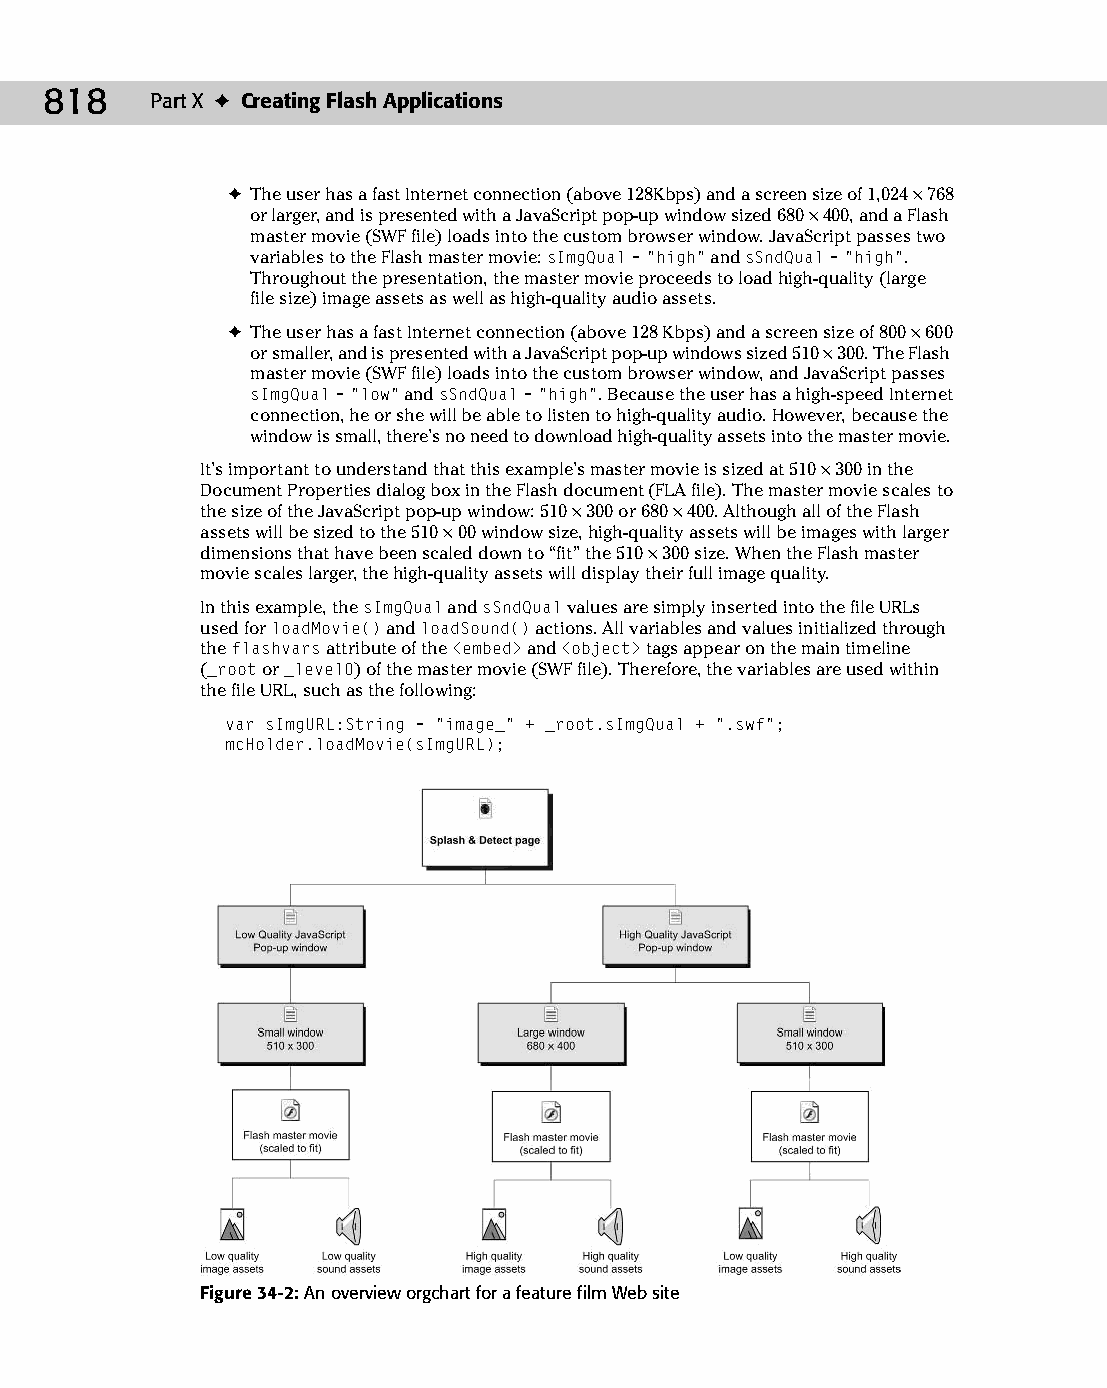
45 543547 ch34.qxd 3/24/04 4:15 PM Page 818
 818    Part X ✦ Creating Flash Applications
 ✦ The user has a fast Internet connection (above 128Kbps) and a screen size of 1,024 × 768
 or larger, and is presented with a JavaScript pop-up window sized 680 × 400, and a Flash
 master movie (SWF file) loads into the custom browser window. JavaScript passes two
 variables to the Flash master movie: sImgQual=“high” and sSndQual=“high”.
 Throughout the presentation, the master movie proceeds to load high-quality (large
 file size) image assets as well as high-quality audio assets.
 ✦ The user has a fast Internet connection (above 128 Kbps) and a screen size of 800 × 600
 or smaller, and is presented with a JavaScript pop-up windows sized 510 × 300. The Flash
 master movie (SWF file) loads into the custom browser window, and JavaScript passes
 sImgQual=“low” and sSndQual=“high”. Because the user has a high-speed Internet
 connection, he or she will be able to listen to high-quality audio. However, because the
 window is small, there’s no need to download high-quality assets into the master movie.
 It’s important to understand that this example’s master movie is sized at 510 × 300 in the
 Document Properties dialog box in the Flash document (FLA file). The master movie scales to
 the size of the JavaScript pop-up window: 510 × 300 or 680 × 400. Although all of the Flash
 assets will be sized to the 510 × 00 window size, high-quality assets will be images with larger
 dimensions that have been scaled down to “fit” the 510 × 300 size. When the Flash master
 movie scales larger, the high-quality assets will display their full image quality.
 In this example, the sImgQual and sSndQual values are simply inserted into the file URLs
 used for loadMovie() and loadSound() actions. All variables and values initialized through
 the flashvars attribute of the <embed> and <object> tags appear on the main timeline
 (_root or _level0) of the master movie (SWF file). Therefore, the variables are used within
 the file URL, such as the following:
 var sImgURL:String = “image_” + _root.sImgQual + “.swf”;
 mcHolder.loadMovie(sImgURL);
 Figure 34-2: An overview orgchart for a feature film Web site